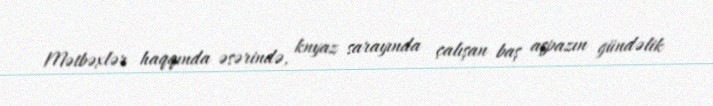
Mətbəxlər haqqında əsərində, knyaz sarayında çalışan baş aşpazın gündəlik